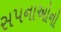
સપનાઓનો